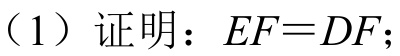
（1）证明：\(EF = DF\)；